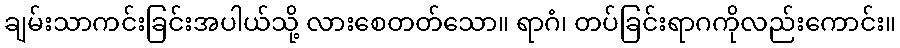
ချမ်းသာကင်းခြင်းအပါယ်သို့ လားစေတတ်သော။ ရာဂံ၊ တပ်ခြင်းရာဂကိုလည်းကောင်း။